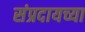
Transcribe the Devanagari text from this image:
संप्रदायच्या